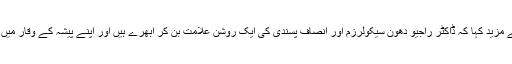
مولانا مدنی نے مزید کہا کہ ڈاکٹر راجیو دھون سیکولرزم اور انصاف پسندی کی ایک روشن علامت بن کر ابھرے ہیں اور اپنے پیشہ کے وقار میں اضافہ کیا ہے۔